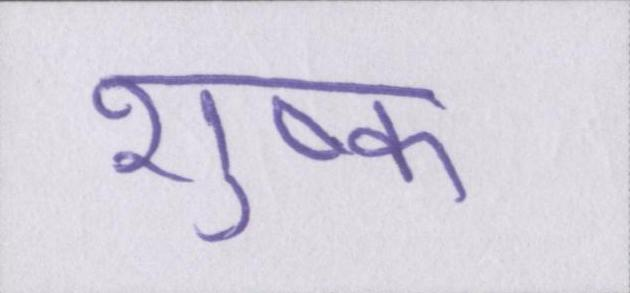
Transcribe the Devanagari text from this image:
शुष्क